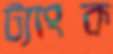
ট্যাংক